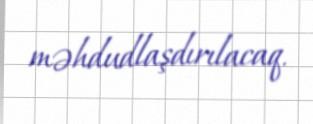
məhdudlaşdırılacaq.